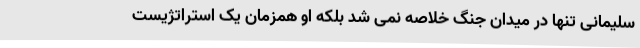
سلیمانی تنها در میدان جنگ خلاصه نمی شد بلکه او همزمان یک استراتژیست